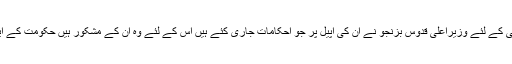
انہوں نے کہا کہ سریاب پیکج کے تحت عوام کو پینے کے صاف پانی کی فراہمی کے لئے وزیراعلی قدوس بزنجو نے ان کی اپیل پر جو احکامات جاری کئے ہیں اس کے لئے وہ ان کے مشکور ہیں حکومت کے ایسے مثبت اقدامات پر انکی بھر پور حمایت موجودہ حکومت کے ساتھ رہے گی۔